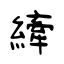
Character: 縴